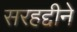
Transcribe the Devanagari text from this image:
सरहद्दीने